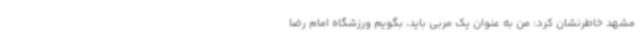
مشهد خاطرنشان کرد: من به عنوان یک مربی باید، بگویم ورزشگاه امام رضا